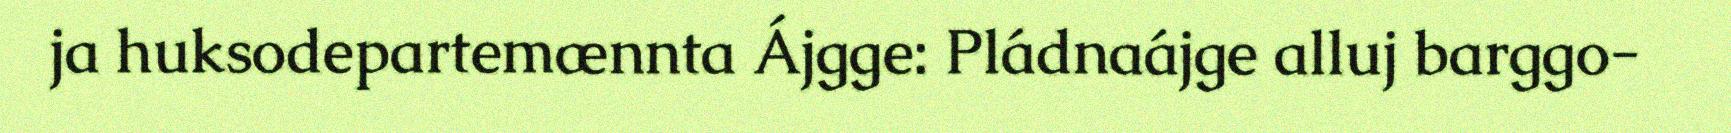
ja huksodepartemænnta Ájgge: Pládnaájge alluj barggo-